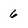
Character: 6